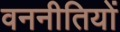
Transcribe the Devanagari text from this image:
वननीतियों